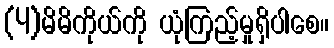
(4)မိမိကိုယ်ကို ယုံကြည့်မှုရှိပါစေ။